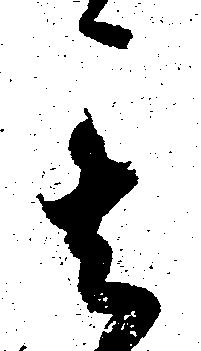
其